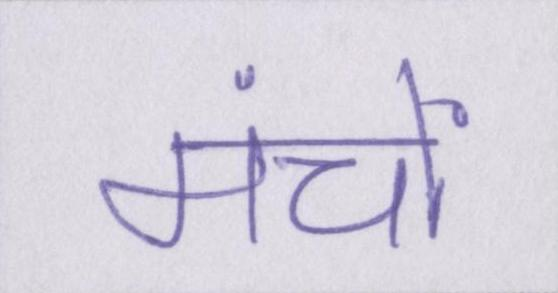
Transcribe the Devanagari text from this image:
मंचों